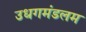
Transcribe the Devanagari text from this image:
उधगमंडलम